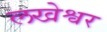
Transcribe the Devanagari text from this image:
लखेश्वर